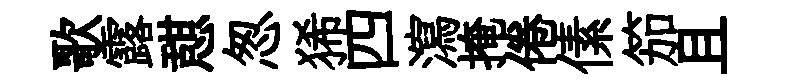
歌露憇怱狶四瀉掩倦傃笳且